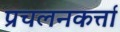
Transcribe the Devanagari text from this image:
प्रचलनकर्त्ता